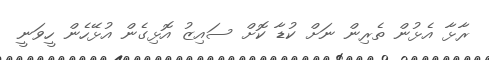
ރާޅާ އެޅުން ތެރިން ނަށް ކުޑާ ކޮށް ސައިޒު އޮޅިގެން އުޅޭހެން ހީވަނީ